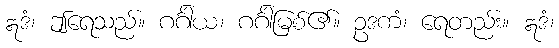
ဣဒံ၊ ဤရေသည်။ ဂင်္ဂါယ၊ ဂင်္ဂါမြစ်၏။ ဥဒကံ၊ ရေတည်း။ ဣဒံ၊